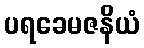
ပရခေမဇနိယံ